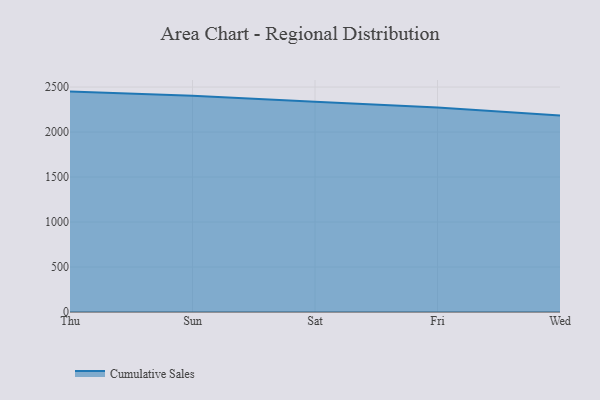
{"axis": {"x": "Day", "y": "Production Output"}, "legend": ["Cumulative Sales"], "data": [{"x": "Thu", "y": 2449.4, "type": "Cumulative Sales"}, {"x": "Sun", "y": 2402.4, "type": "Cumulative Sales"}, {"x": "Sat", "y": 2336.0, "type": "Cumulative Sales"}, {"x": "Fri", "y": 2274.0, "type": "Cumulative Sales"}, {"x": "Wed", "y": 2182.4, "type": "Cumulative Sales"}]}